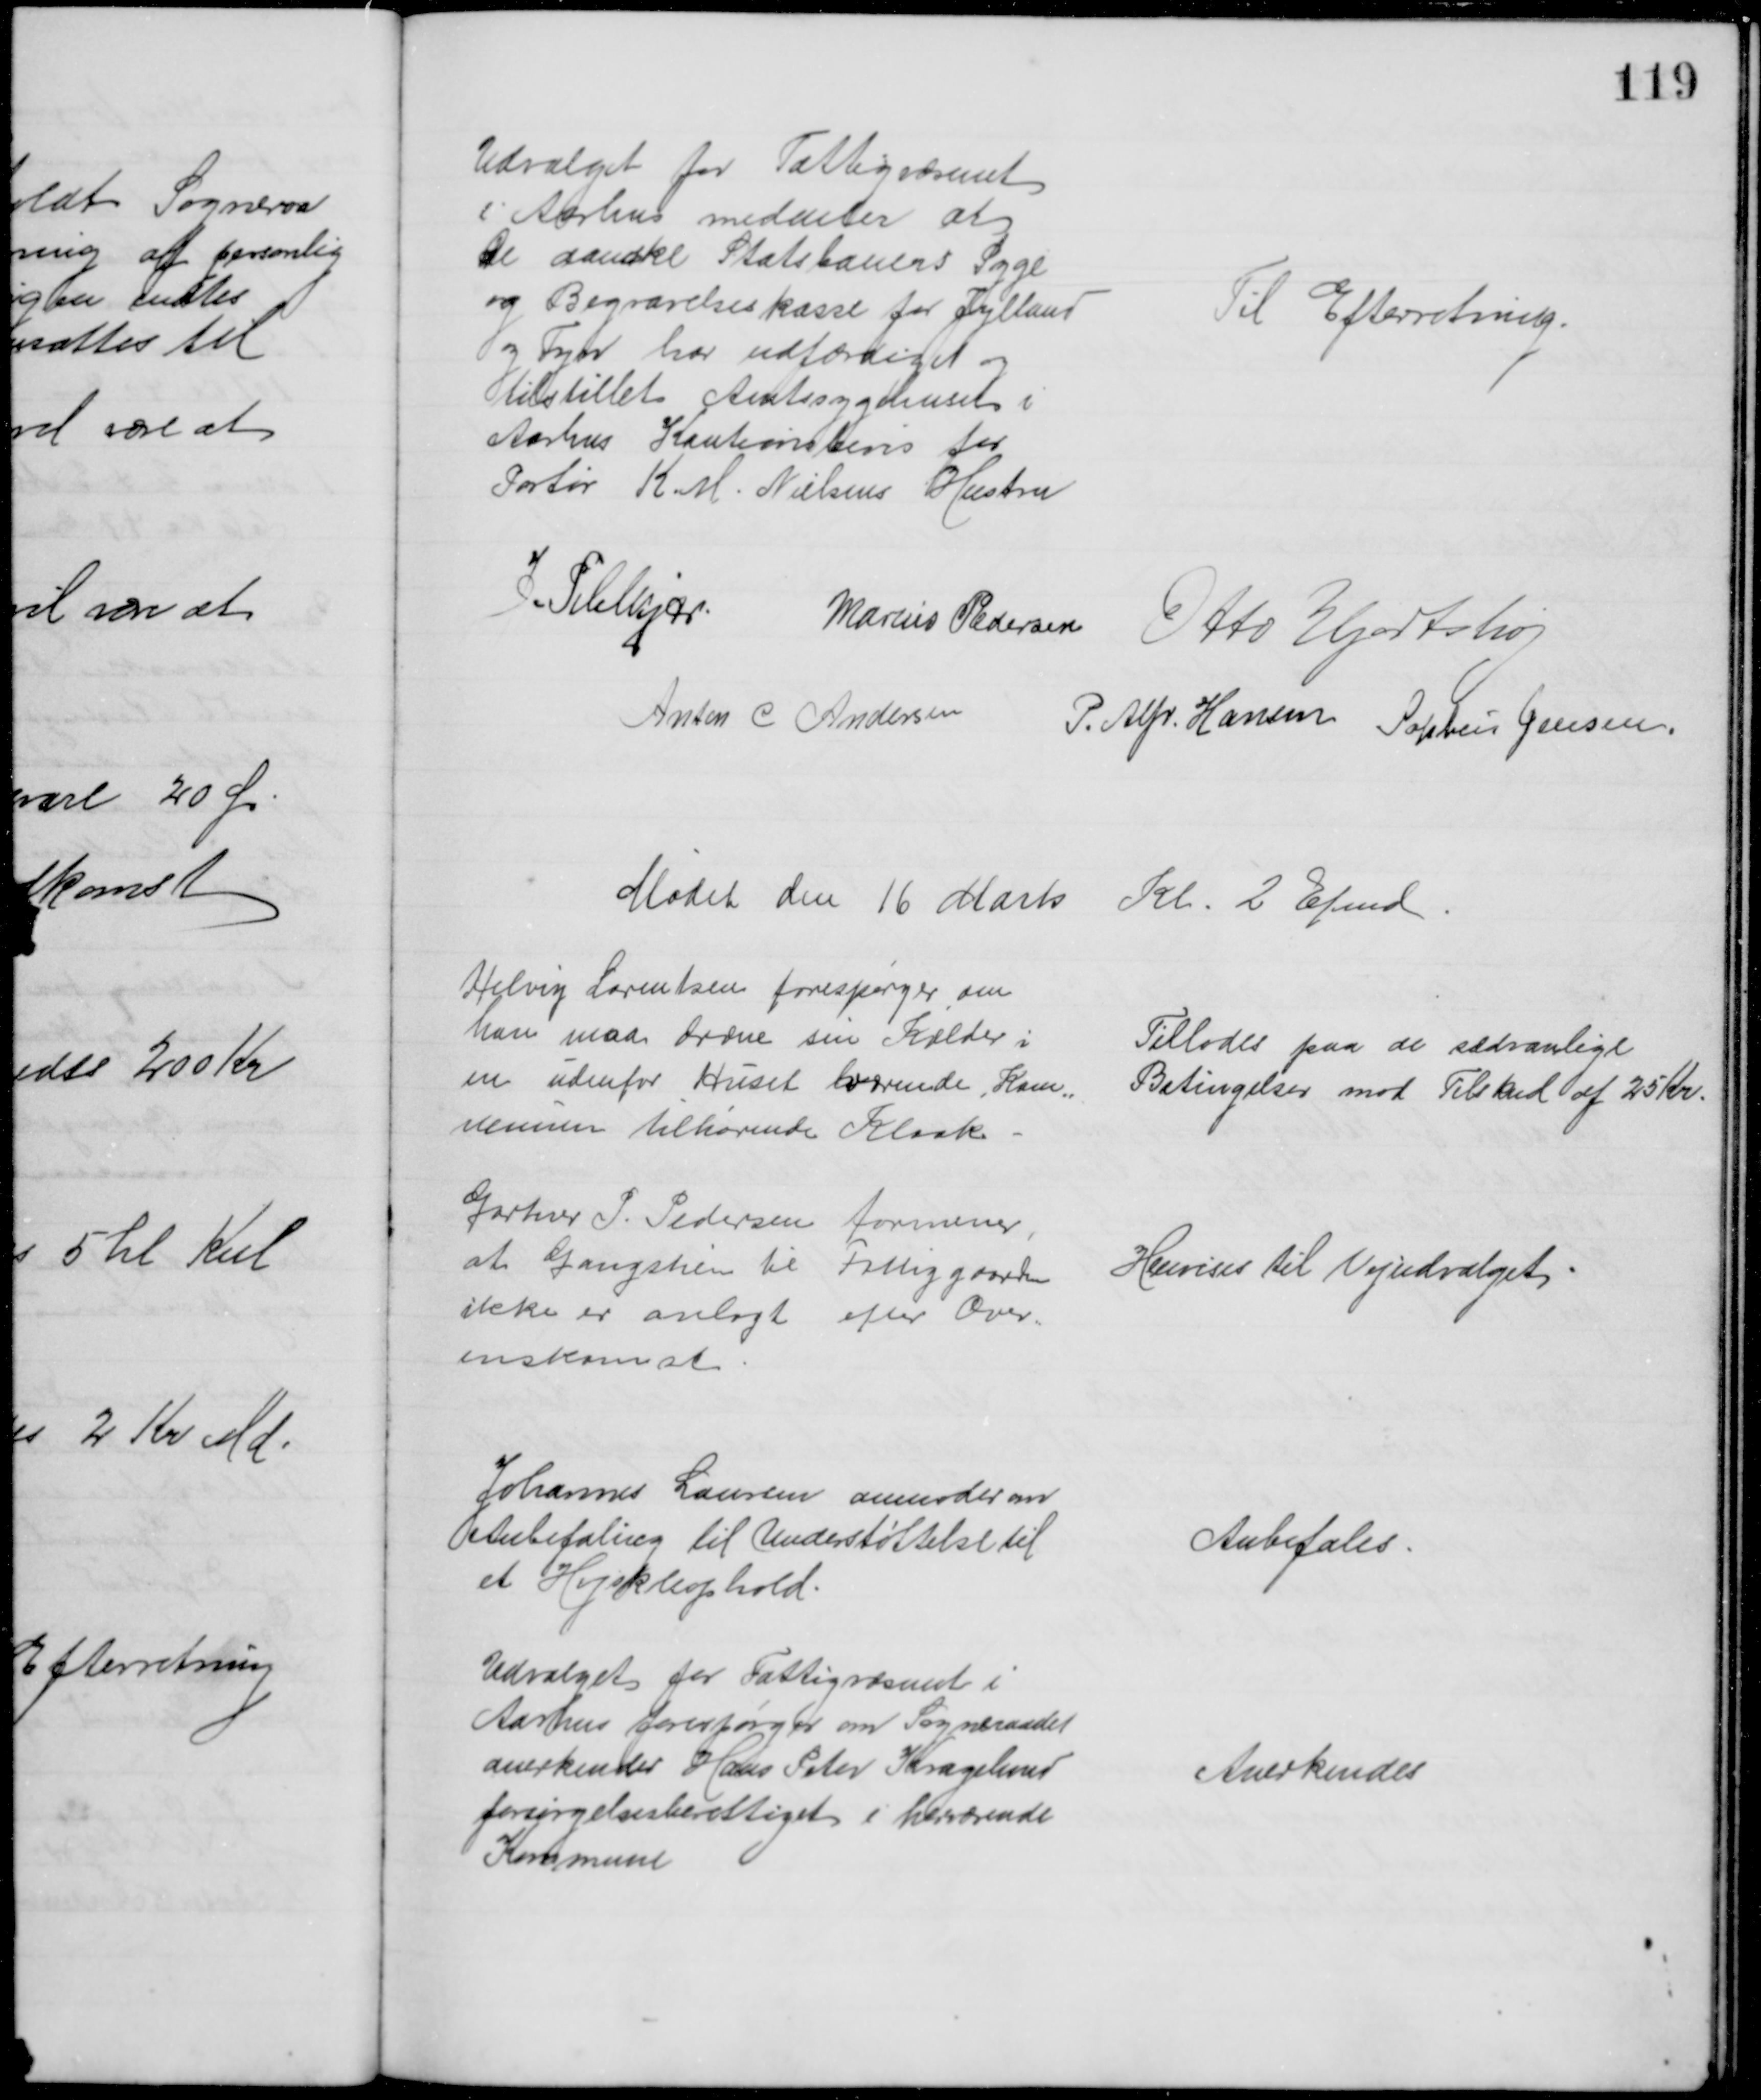
Transskription:
Udvalget for Fattigvæsenet
i Aarhus meddeler at 
De danske Statsbaners Syge
og Begravelseskasse for Jylland
og Fyn har udfærdiget og
tilstillet Amtssygehuset i
Aarhus Kautionsbevis for
Portør K. M. Nielsens Hustru
Til Efterretning.
J. Pihlkjær
Marius Pedersen
Otto Hjortshøj
Anton C Andersen
P. Alfr. Hansen Sophus Jensen.
Mødet den 16 Marts Kl. 2 Efmd
Helvig Lorentsen forespørger om
han maa dræne sin Kælder i
en udenfor Huset værende, Kom=
munen tilhørende Kloak.
Tillodes paa de sædvanlige
Betingelser mod Tilskud af 25 Kr.
Gartner P. Pedersen formener,
at Gangstien til Fattiggaarden
ikke er anlagt efter Over-
enskomst
Henvises til Vejudvalget
Johannes Laursen anmoder om
Anbefaling til Understøttelse til
et Højskoleophold.
Anbefales.
Udvalget for Fattigvæsenet i
Aarhus forespørger om Sogneraadet
anerkender Hans Peter Kragelund
forsørgelsesberettiget i herværende
Kommune
Anerkendes